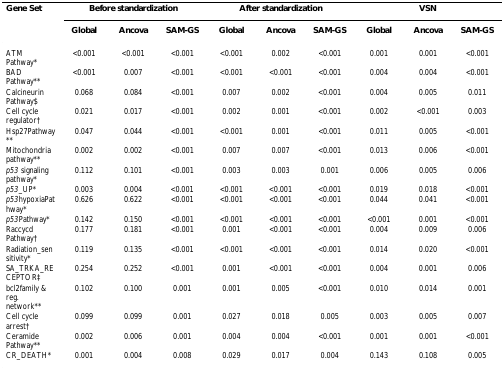
<table><thead><tr><td><b>Gene Set</b></td><td colspan="3"><b>Before standardization</b></td><td colspan="3"><b>After standardization</b></td><td colspan="3"><b>VSN</b></td></tr><tr><td></td><td><b>Global</b></td><td><b>Ancova</b></td><td><b>SAM-GS</b></td><td><b>Global</b></td><td><b>Ancova</b></td><td><b>SAM-GS</b></td><td><b>Global</b></td><td><b>Ancova</b></td><td><b>SAM-GS</b></td></tr></thead><tbody><tr><td>ATM Pathway*</td><td>&lt;0.001</td><td>&lt;0.001</td><td>&lt;0.001</td><td>&lt;0.001</td><td>0.002</td><td>&lt;0.001</td><td>0.001</td><td>0.001</td><td>&lt;0.001</td></tr><tr><td>BAD Pathway**</td><td>&lt;0.001</td><td>0.007</td><td>&lt;0.001</td><td>&lt;0.001</td><td>&lt;0.001</td><td>&lt;0.001</td><td>0.004</td><td>0.004</td><td>&lt;0.001</td></tr><tr><td>Calcineurin Pathway$</td><td>0.068</td><td>0.084</td><td>&lt;0.001</td><td>0.007</td><td>0.002</td><td>&lt;0.001</td><td>0.004</td><td>0.005</td><td>0.011</td></tr><tr><td>Cell cycle regulator†</td><td>0.021</td><td>0.017</td><td>&lt;0.001</td><td>0.002</td><td>0.001</td><td>&lt;0.001</td><td>0.002</td><td>&lt;0.001</td><td>0.003</td></tr><tr><td>Hsp27Pathway**</td><td>0.047</td><td>0.044</td><td>&lt;0.001</td><td>&lt;0.001</td><td>0.001</td><td>&lt;0.001</td><td>0.011</td><td>0.005</td><td>&lt;0.001</td></tr><tr><td>Mitochondria pathway**</td><td>0.002</td><td>0.002</td><td>&lt;0.001</td><td>0.007</td><td>0.007</td><td>&lt;0.001</td><td>0.013</td><td>0.006</td><td>&lt;0.001</td></tr><tr><td><i>p53 </i>signaling pathway*</td><td>0.112</td><td>0.101</td><td>&lt;0.001</td><td>0.003</td><td>0.003</td><td>0.001</td><td>0.006</td><td>0.005</td><td>0.006</td></tr><tr><td><i>p53</i>_UP*</td><td>0.003</td><td>0.004</td><td>&lt;0.001</td><td>&lt;0.001</td><td>&lt;0.001</td><td>&lt;0.001</td><td>0.019</td><td>0.018</td><td>&lt;0.001</td></tr><tr><td><i>p53</i>hypoxiaPathway*</td><td>0.626</td><td>0.622</td><td>&lt;0.001</td><td>&lt;0.001</td><td>&lt;0.001</td><td>&lt;0.001</td><td>0.044</td><td>0.041</td><td>&lt;0.001</td></tr><tr><td><i>p53</i>Pathway*</td><td>0.142</td><td>0.150</td><td>&lt;0.001</td><td>&lt;0.001</td><td>&lt;0.001</td><td>&lt;0.001</td><td>&lt;0.001</td><td>0.001</td><td>&lt;0.001</td></tr><tr><td>Raccycd Pathway†</td><td>0.177</td><td>0.181</td><td>&lt;0.001</td><td>0.001</td><td>&lt;0.001</td><td>&lt;0.001</td><td>0.004</td><td>0.009</td><td>0.006</td></tr><tr><td>Radiation_sensitivity*</td><td>0.119</td><td>0.135</td><td>&lt;0.001</td><td>&lt;0.001</td><td>&lt;0.001</td><td>&lt;0.001</td><td>0.014</td><td>0.020</td><td>&lt;0.001</td></tr><tr><td>SA_TRKA_RECEPTOR‡</td><td>0.254</td><td>0.252</td><td>&lt;0.001</td><td>0.001</td><td>&lt;0.001</td><td>&lt;0.001</td><td>0.004</td><td>0.001</td><td>0.006</td></tr><tr><td>bcl2family &amp; reg. network**</td><td>0.102</td><td>0.100</td><td>0.001</td><td>0.001</td><td>0.005</td><td>&lt;0.001</td><td>0.010</td><td>0.014</td><td>0.001</td></tr><tr><td>Cell cycle arrest†</td><td>0.099</td><td>0.099</td><td>0.001</td><td>0.027</td><td>0.018</td><td>0.005</td><td>0.003</td><td>0.005</td><td>0.007</td></tr><tr><td>Ceramide Pathway**</td><td>0.002</td><td>0.006</td><td>0.001</td><td>0.004</td><td>0.004</td><td>&lt;0.001</td><td>0.001</td><td>0.001</td><td>&lt;0.001</td></tr><tr><td>CR_DEATH*</td><td>0.001</td><td>0.004</td><td>0.008</td><td>0.029</td><td>0.017</td><td>0.004</td><td>0.143</td><td>0.108</td><td>0.005</td></tr></tbody></table>